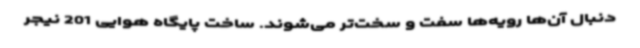
دنبال آن‌ها رویه‌ها سفت و سخت‌تر می‌شوند. ساخت پایگاه هوایی 201 نیجر